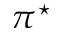
\pi ^ { \star }